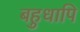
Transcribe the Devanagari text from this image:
बहुधापि